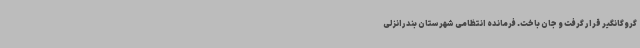
گروگانگیر قرار گرفت و جان باخت. فرمانده انتظامی شهرستان بندرانزلی